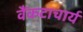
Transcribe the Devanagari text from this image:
वैंकटाचार्य